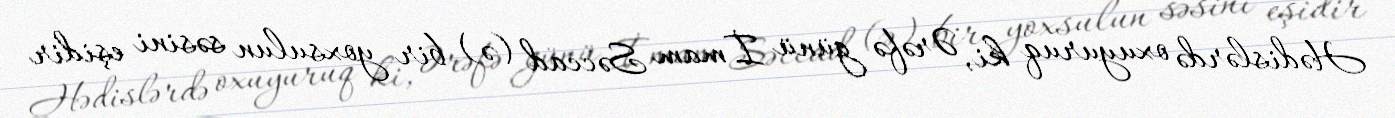
Hədislərdə oxuyuruq ki, Ərəfə günü İmam Səccad (ə) bir yoxsulun səsini eşidir